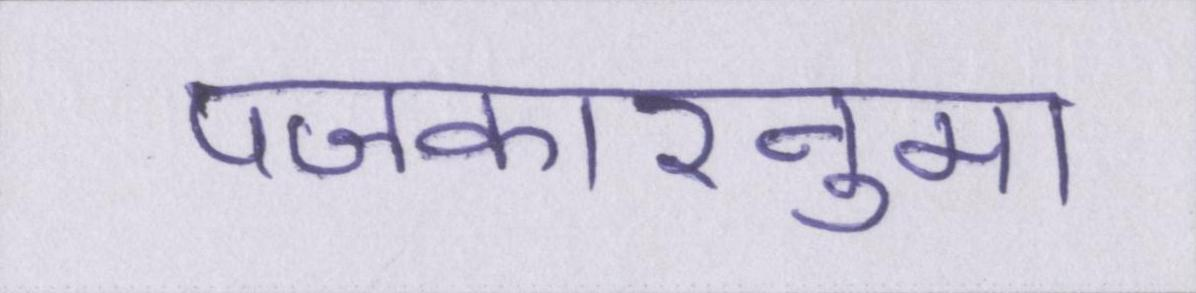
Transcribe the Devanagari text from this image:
पॼकारनुमा